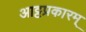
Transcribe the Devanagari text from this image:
आट्टप्रकारम्